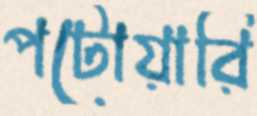
পটোয়ারি